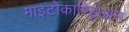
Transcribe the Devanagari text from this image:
माइटोकाण्ड्रिआन